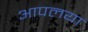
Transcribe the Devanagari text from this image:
आपलया